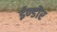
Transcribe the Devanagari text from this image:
ईण्डोर